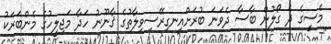
މެސީގެ ދެ ގޯލުން ބާސާ ދެވަނަ ބުރަށްއިނގިރޭސިވިލާތުގެ ޤާނޫނު ހަދާ މަޖިލީހުގެ މެންބަރަކު